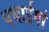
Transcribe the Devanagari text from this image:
बधाईयां